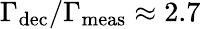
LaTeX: \Gamma_{\mathrm{dec}}/\Gamma_{\mathrm{meas}}\approx 2.7